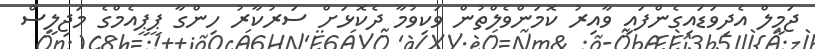
ޖަމީލް އެދިވަޑައިގެންފައި ވާއިރު ކޮމަންވެލްތުން ވަކިވުމާ ދެކޮޅަށް ސަރުކާރު ހިންގާ ޕީޕީއެމްގެ މަޖިލީސް